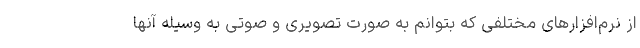
از نرم‌افزارهای مختلفی که بتوانم به صورت تصویری و صوتی به وسیله آنها